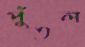
পুঁতল